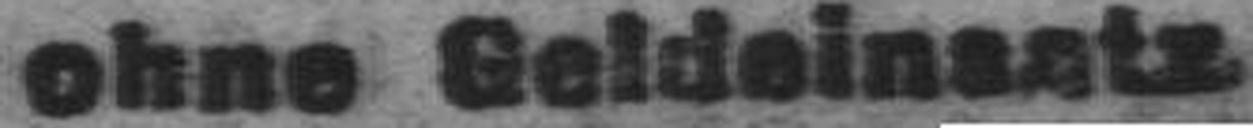
ohne Geldeinsatz